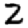
Digit: 2